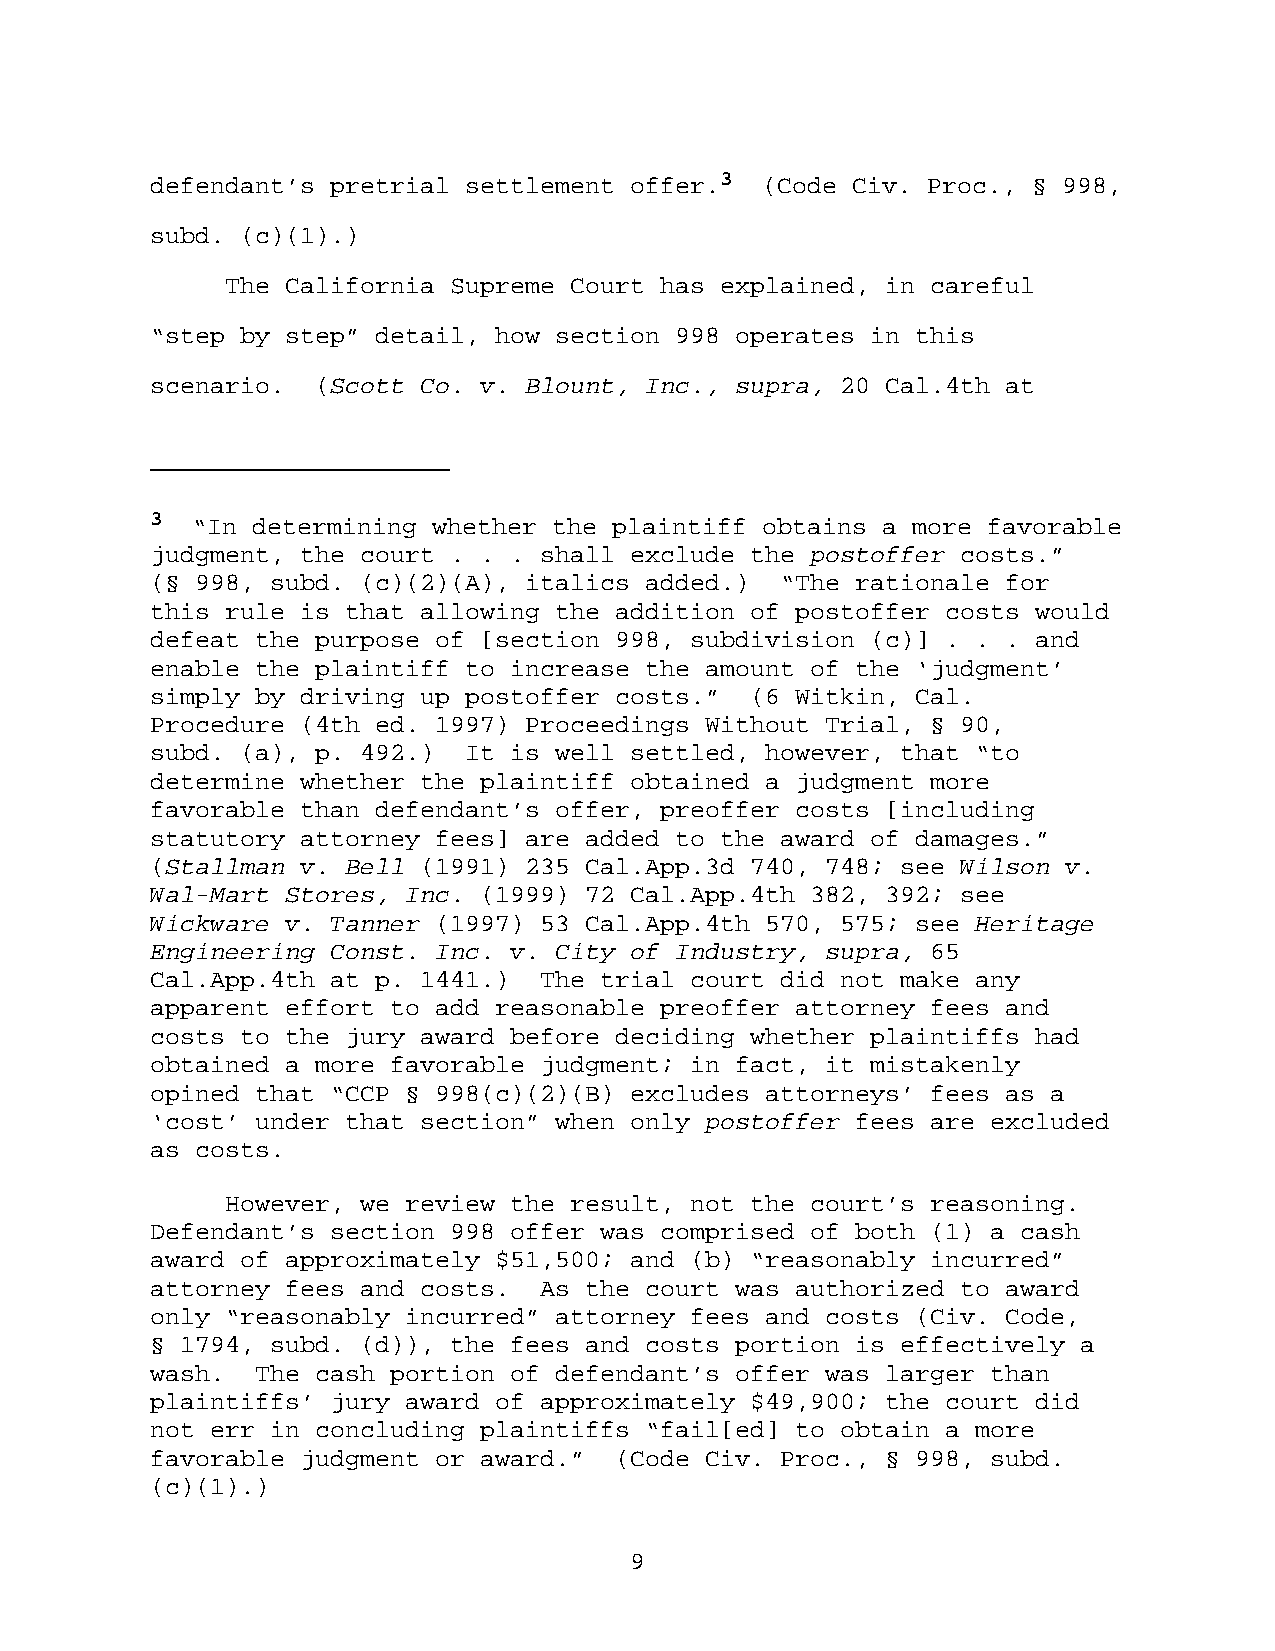
defendant’s pretrial settlement offer.3 (Code Civ. Proc., § 998,
 subd. (c)(1).)
 The California Supreme Court has explained, in careful
 “step by step” detail, how section 998 operates in this
 scenario.  (Scott Co. v. Blount, Inc., supra, 20 Cal.4th at
 3  “In determining whether the plaintiff obtains a more favorable
 judgment, the court . . . shall exclude the postoffer costs.”
 (§ 998, subd. (c)(2)(A), italics added.)  “The rationale for
 this rule is that allowing the addition of postoffer costs would
 defeat the purpose of [section 998, subdivision (c)] . . . and
 enable the plaintiff to increase the amount of the ‘judgment’
 simply by driving up postoffer costs.”  (6 Witkin, Cal.
 Procedure (4th ed. 1997) Proceedings Without Trial, § 90,
 subd. (a), p. 492.)  It is well settled, however, that “to
 determine whether the plaintiff obtained a judgment more
 favorable than defendant’s offer, preoffer costs [including
 statutory attorney fees] are added to the award of damages.”
 (Stallman v. Bell (1991) 235 Cal.App.3d 740, 748; see Wilson v.
 Wal-Mart Stores, Inc. (1999) 72 Cal.App.4th 382, 392; see
 Wickware v. Tanner (1997) 53 Cal.App.4th 570, 575; see Heritage
 Engineering Const. Inc. v. City of Industry, supra, 65
 Cal.App.4th at p. 1441.)  The trial court did not make any
 apparent effort to add reasonable preoffer attorney fees and
 costs to the jury award before deciding whether plaintiffs had
 obtained a more favorable judgment; in fact, it mistakenly
 opined that “CCP § 998(c)(2)(B) excludes attorneys’ fees as a
 ‘cost’ under that section” when only postoffer fees are excluded
 as costs.
 However, we review the result, not the court’s reasoning.
 Defendant’s section 998 offer was comprised of both (1) a cash
 award of approximately $51,500; and (b) “reasonably incurred”
 attorney fees and costs.  As the court was authorized to award
 only “reasonably incurred” attorney fees and costs (Civ. Code,
 § 1794, subd. (d)), the fees and costs portion is effectively a
 wash.  The cash portion of defendant’s offer was larger than
 plaintiffs’ jury award of approximately $49,900; the court did
 not err in concluding plaintiffs “fail[ed] to obtain a more
 favorable judgment or award.”  (Code Civ. Proc., § 998, subd.
 (c)(1).)
 9